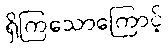
ရှိကြသောကြောင့်